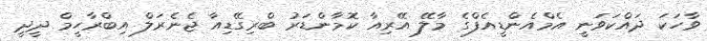
ވާހަކަ ދައްކަވަނީ އެމްއެންޑީއެފްގެ މާލޭ އޭރިއާ ކޮމާންޑަރު ބްރިގޭޑިއާ ޖެނެރަލް އިބްރާހީމް ދީދީ